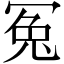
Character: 冤